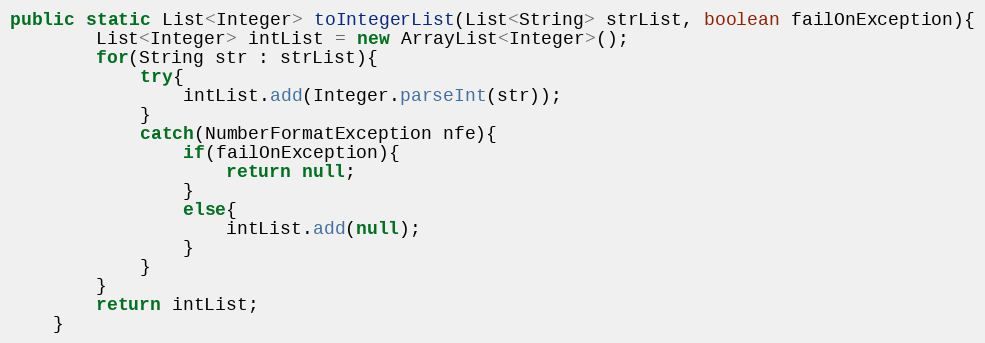
Language: Java
public static List<Integer> toIntegerList(List<String> strList, boolean failOnException){
		List<Integer> intList = new ArrayList<Integer>();
		for(String str : strList){
			try{
				intList.add(Integer.parseInt(str));
			}
			catch(NumberFormatException nfe){
				if(failOnException){
					return null;
				}
				else{
					intList.add(null);
				}
			}
		}
		return intList;
	}